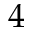
4